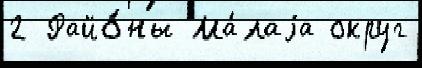
2 Райо́ны Ма́лаjа округ